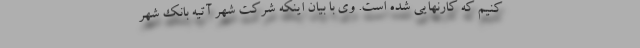
کنیم که کارنهایی شده است. وی با بیان اینکه شرکت شهر آتیه بانک شهر